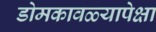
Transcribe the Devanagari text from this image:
डोमकावळ्यापेक्षा